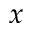
x